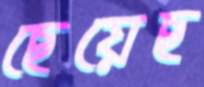
ছেয়েছ